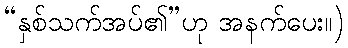
“နှစ်သက်အပ်၏”ဟု အနက်ပေး။)